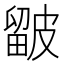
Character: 𥀓